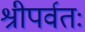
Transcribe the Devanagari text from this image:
श्रीपर्वतः